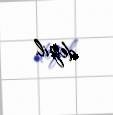
deyil.